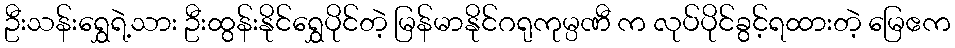
ဦးသန်းရွှေရဲ့သား ဦးထွန်းနိုင်ရွှေပိုင်တဲ့ မြန်မာနိုင်ဂရုကုမ္ပဏီ က လုပ်ပိုင်ခွင့်ရထားတဲ့ မြေဧက